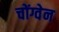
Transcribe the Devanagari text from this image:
चोंग्वेन